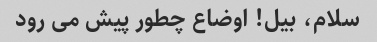
سلام، بیل! اوضاع چطور پیش می رود